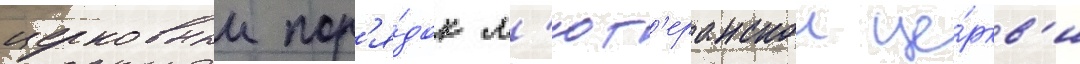
церковныи пор'я́док л'ют'еранскои це́ркв'и